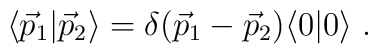
\langle {\vec{p}}_1 | {\vec{p}}_2 \rangle = \delta({\vec{p}}_1 - {\vec{p}}_2) \langle 0|0 \rangle \; .